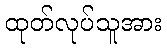
ထုတ်လုပ်သူအား